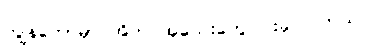
ကျွန်တော်မှာ အိတ် အသေးတွေ ငါးခုပါပါတယ်။